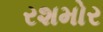
રશમોર